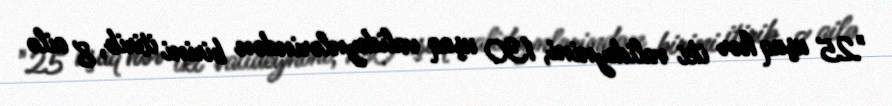
"25 uşaq hər iki valideynini, 130 uşaq valideynlərindən birini itirib, 8 ailə